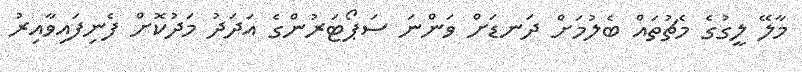
މާލޭ ލީގުގެ މެޗުތައް ބެލުމަށް ދަނޑަށް ވަންނަ ސަޕޯޓަރުންގެ އަދަދު މަދުކޮށް ފެނިފައިވާއިރު